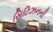
સિટિઝનની